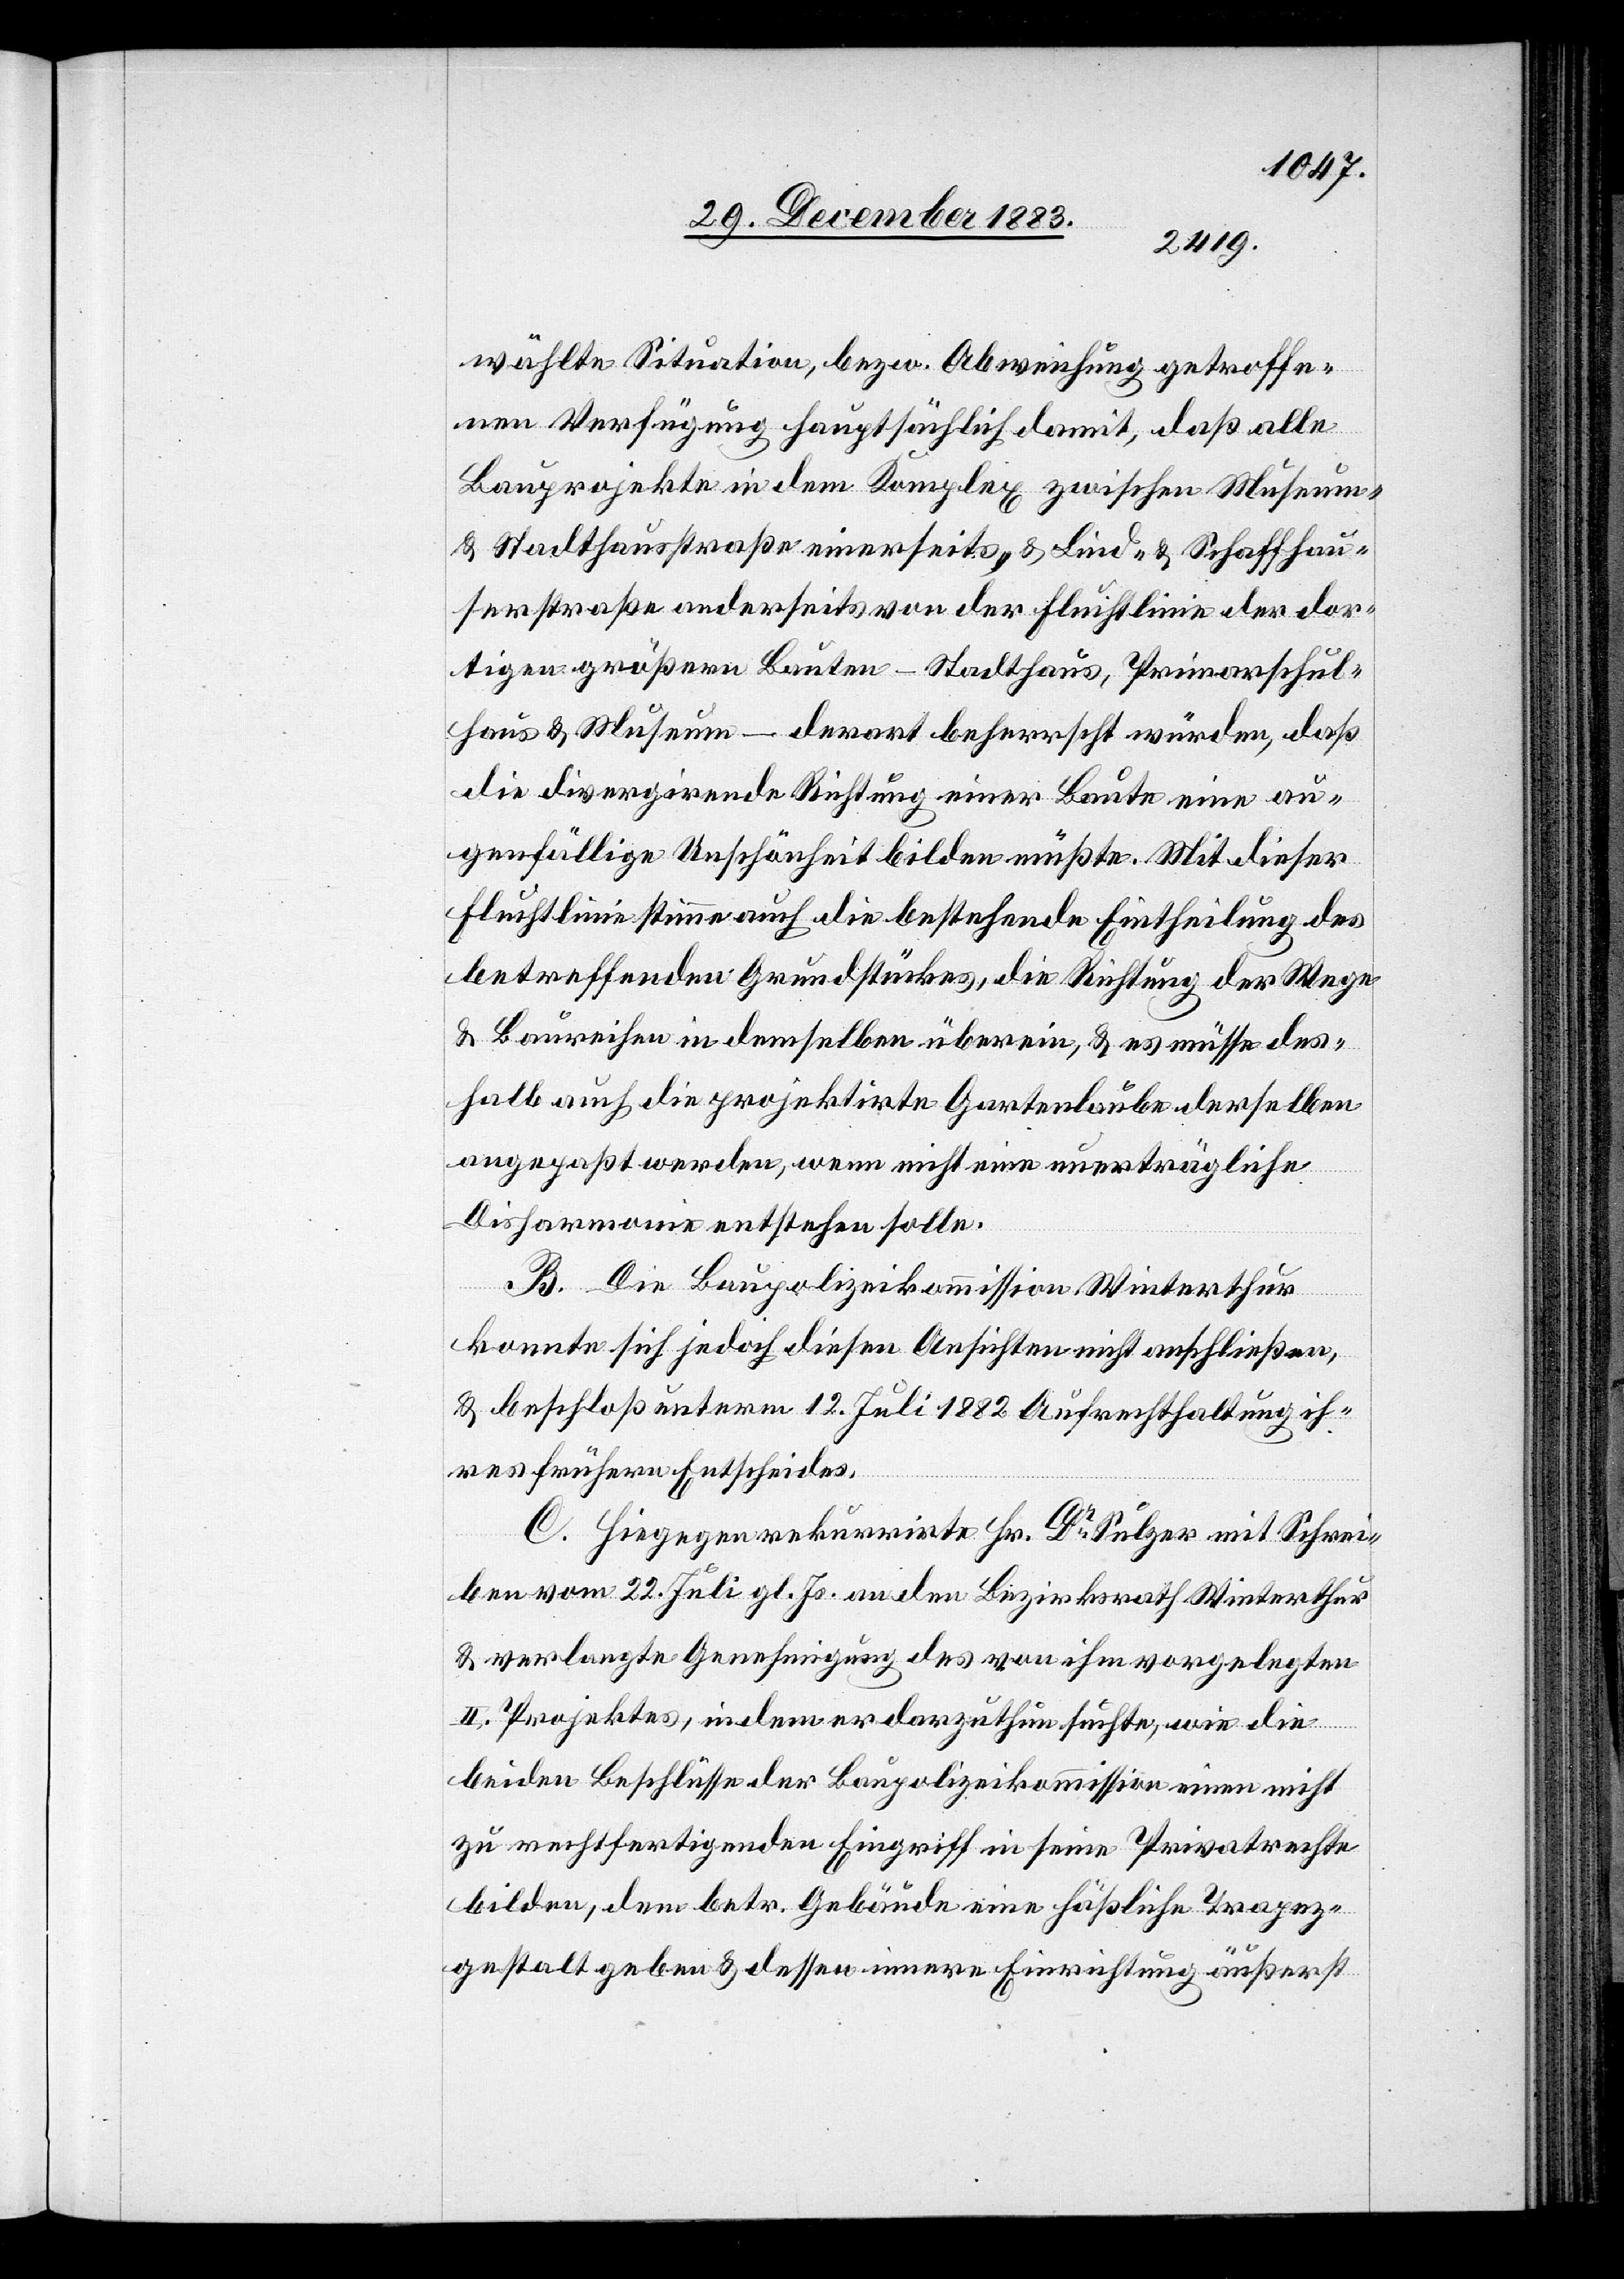
wählte Situation, bezw. Abweichung getroffe¬
nen Verfügung hauptsächlich damit, daß alle
Bauprojekte in dem Komplex zwischen Museum-
& Stadthausstraße einerseits, & Lind- & Schaffhau¬
serstraße anderseits von der Fluchtlinie der dor¬
tigen größern Bauten – Stadthaus, Primarschul¬
haus & Museum – derart beherrscht würden, daß
die divergirende Richtung einer Baute eine au¬
genfällige Unschönheit bilden müßte. Mit dieser
Fluchtlinie stimme auch die bestehende Eintheilung des
betreffenden Grundstückes, die Richtung der Wege-
& Baureihen in demselben überein, & es müsse des¬
halb auch die projektirte Gartenlaube derselben
angepaßt werden, wenn nicht eine unerträgliche
Disharmonie entstehen solle.
B. Die Baupolizeikommission Winterthur
konnte sich jedoch diesen Ansichten nicht anschließen,
& beschloß unterm 12. Juli 1882 Aufrechterhaltung ih¬
res frühern Entscheides.
C. Hiegegen rekurrirte Hr. Dr Sulzer mit Schrei¬
ben vom 22. Juli gl. Js. an den Bezirksrath Winterthur
& verlangte Genehmigung des von ihm vorgelegten
II. Projektes, indem er darzuthun suchte, wie die
beiden Beschlüsse der Baupolizeikommission einen nicht
zu rechtfertigenden Eingriff in seine Privatrechte
bilden, dem betr. Gebäude eine häßliche Trapez¬
gestalt geben & dessen innere Einrichtung äußerst